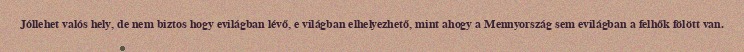
Jóllehet valós hely, de nem biztos hogy evilágban lévő, e világban elhelyezhető, mint ahogy a Mennyország sem evilágban a felhők fölött van.